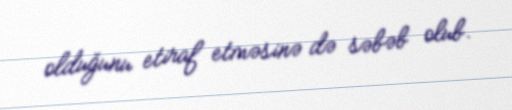
olduğunu etiraf etməsinə də səbəb olub.